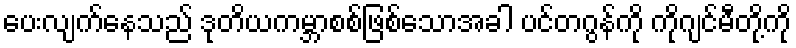
ပေးလျက်နေသည် ဒုတိယကမ္ဘာစစ်ဖြစ်သောအခါ ပင်တဂွန်ကို ကိုဂျင်မီတို့ကို